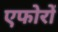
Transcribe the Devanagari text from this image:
एफोरों